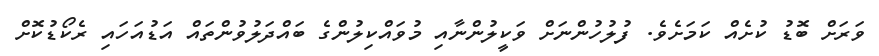
ވަރަށް ބޮޑު ކުށެއް ކަމަށެވެ. ފުލުހުންނަށް ވަކީލުންނާއި މުވައްކިލުންގެ ބައްދަލުވުންތައް އަޑުއަހައި ރެކޯޑުކޮށް